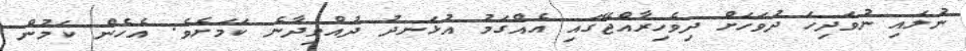
ނުލައި ނުވަދިހަ ދުވަހަށް ދިވެހިރާއްޖޭގައި އެއްގަމު އުޅަނދު ދުއްވިދާނެ ކަމަށެވެ. އެހެން ކަމުން